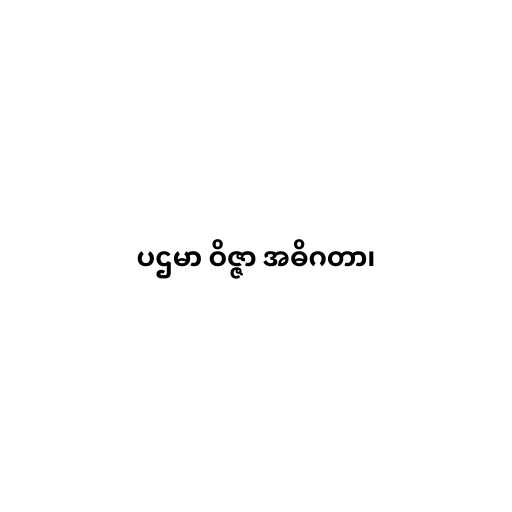
ပဌမာ ဝိဇ္ဇာ အဓိဂတာ၊